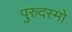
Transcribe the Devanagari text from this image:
पुरुदस्मो